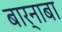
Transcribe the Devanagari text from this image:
बार्नाबा